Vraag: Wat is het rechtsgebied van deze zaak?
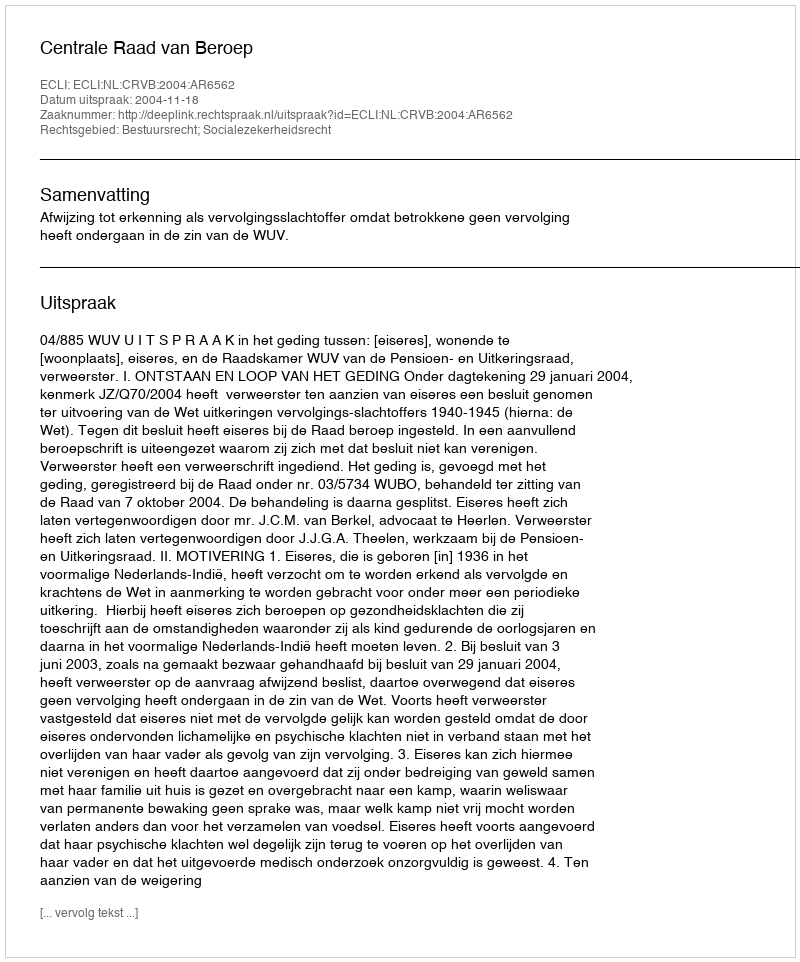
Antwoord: Bestuursrecht; Socialezekerheidsrecht